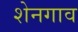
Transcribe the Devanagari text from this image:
शेनगाव